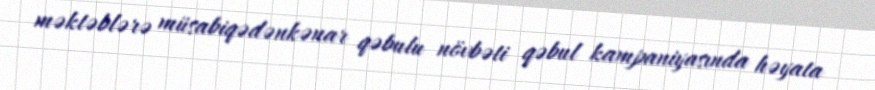
məktəblərə müsabiqədənkənar qəbulu növbəti qəbul kampaniyasında həyata